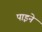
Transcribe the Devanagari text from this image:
पाइने